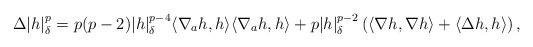
LaTeX: \begin{align*}\Delta |h|_{\delta}^p = p(p-2)|h|_{\delta}^{p-4} \langle \nabla_a h, h \rangle \langle \nabla_a h, h \rangle + p |h|_{\delta}^{p-2} \left( \langle \nabla h, \nabla h \rangle + \langle \Delta h, h \rangle \right),\end{align*}